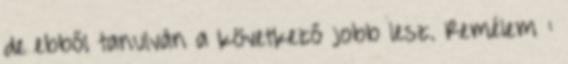
de ebből tanulván a következő jobb lesz. Remélem :